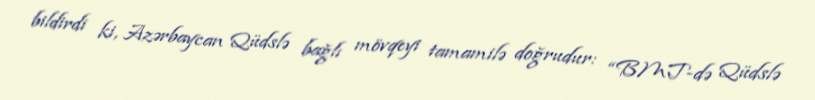
bildirdi ki, Azərbaycan Qüdslə bağlı mövqeyi tamamilə doğrudur: “BMT-də Qüdslə